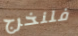
فلنخرج